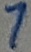
Text: 7